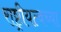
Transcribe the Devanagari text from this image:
राष्ट्रीयत्वच्या